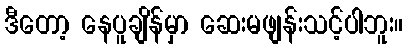
ဒီတော့ နေပူချိန်မှာ ဆေးမဖျန်းသင့်ပါဘူး။